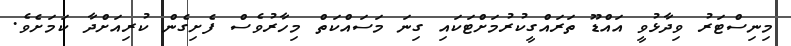
މިނިސްޓަރު ވިދާޅުވީ އައްޑޫ ތަރައްގީކުރުމަށްޓަކައި ގިނަ މަސައްކަތް މިހާރުވެސް ފެށިގެން ކުރިއަށްދާ ކަމަށެވެ.